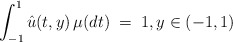
\begin{align*}\int_{-1}^1 {\hat u}(t,y) \, \mu(dt)\; = \; 1, y\in (-1,1) \end{align*}